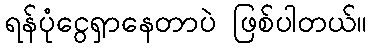
ရန်ပုံငွေရှာနေတာပဲ ဖြစ်ပါတယ်။